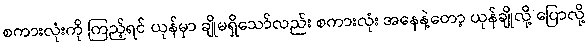
စကားလုံးကို ကြည့်ရင် ယုန်မှာ ချိုမရှိသော်လည်း စကားလုံး အနေနဲ့တော့ ယုန်ချိုလို့ ပြောလို့